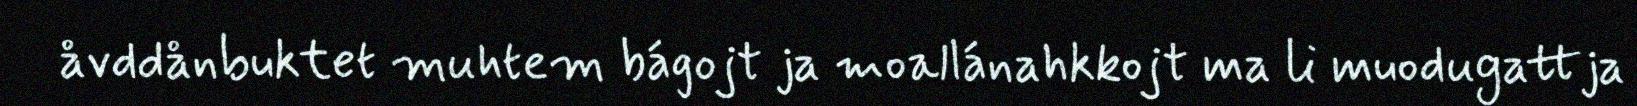
åvddånbuktet muhtem bágojt ja moallánahkkojt ma li muodugattja